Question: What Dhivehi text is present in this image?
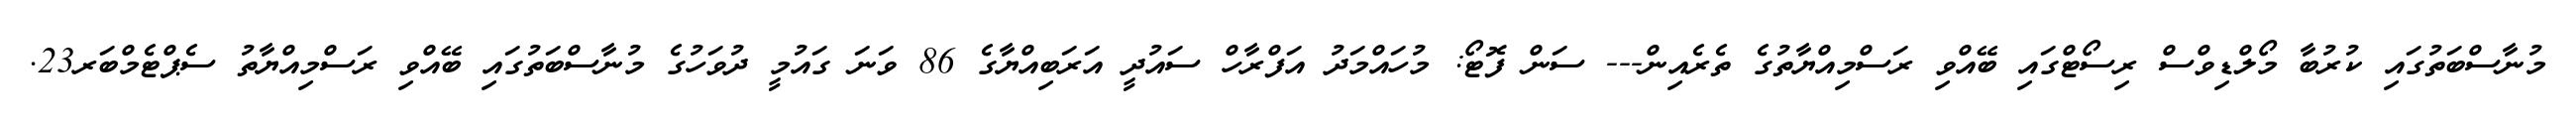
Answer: މުނާސްބަތުގައި ކުރުބާ މޯލްޑިވްސް ރިސޯޓްގައި ބޭއްވި ރަސްމިއްޔާތުގެ ތެރެއިން--- ސަން ފޮޓޯ: މުހައްމަދު އަފްރާހް ސައުދީ އަރަބިއްޔާގެ 86 ވަނަ ގައުމީ ދުވަހުގެ މުނާސްބަތުގައި ބޭއްވި ރަސްމިއްޔާތު ސެޕްޓެމްބަރ23.